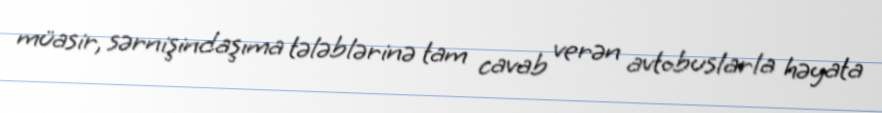
müasir, sərnişindaşıma tələblərinə tam cavab verən avtobuslarla həyata